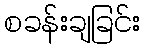
စခန်းချခြင်း